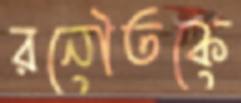
রনৌতকে